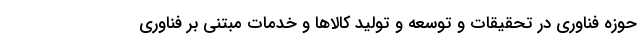
حوزه فناوری در تحقیقات و توسعه و تولید کالاها و خدمات مبتنی بر فناوری